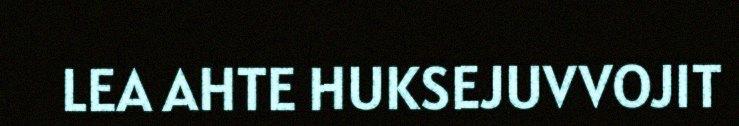
LEA AHTE HUKSEJUVVOJIT